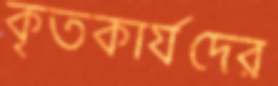
কৃতকার্যদের